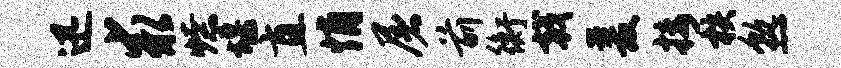
迅求燎堰直悄屠前衡戟爰接核熟